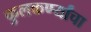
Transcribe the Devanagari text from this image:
कुलकर्ण्यांचा